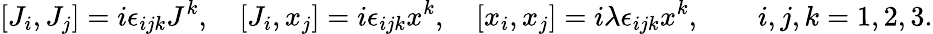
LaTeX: [J_{i},J_{j}]=i\epsilon_{ijk}J^{k},\quad[J_{i},x_{j}]=i\epsilon_{ijk}x^{k},\quad[x_{i},x_{j}]=i\lambda\epsilon_{ijk}x^{k},\quad\quad i,j,k=1,2,3.